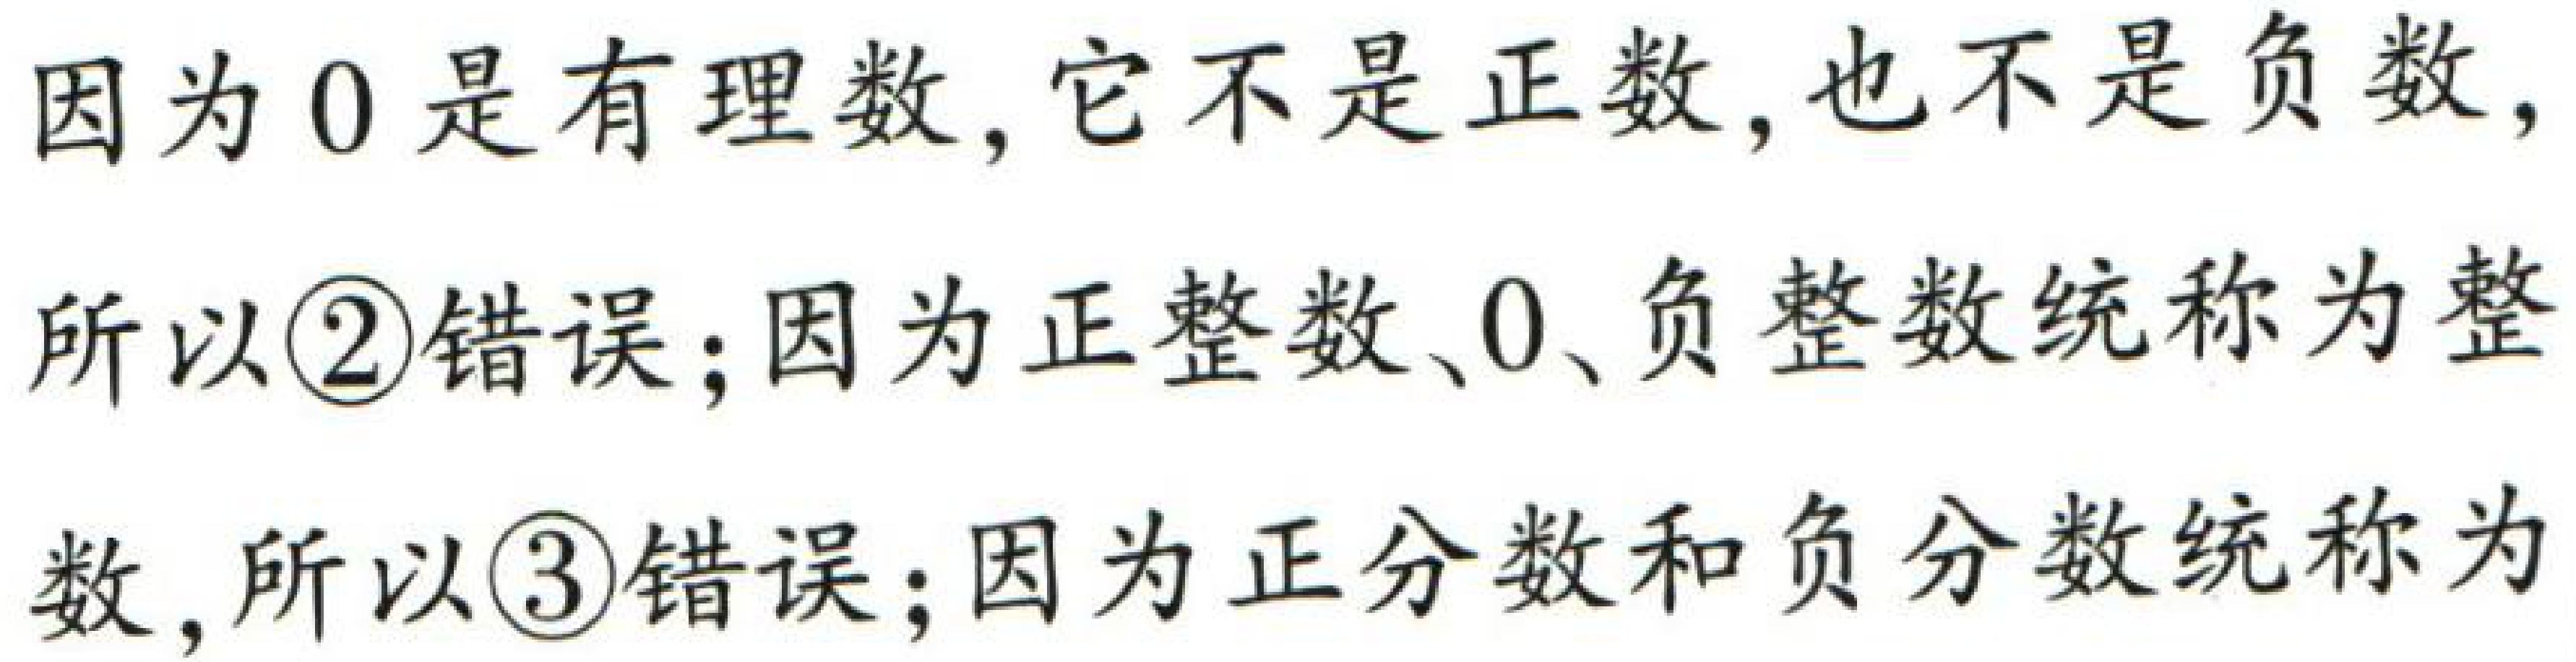
因为 \(0\) 是有理数，它不是正数，也不是负数，

所以\textcircled{2}错误；因为正整数、\(0\)、负整数统称为整

数，所以\textcircled{3}错误；因为正分数和负分数统称为